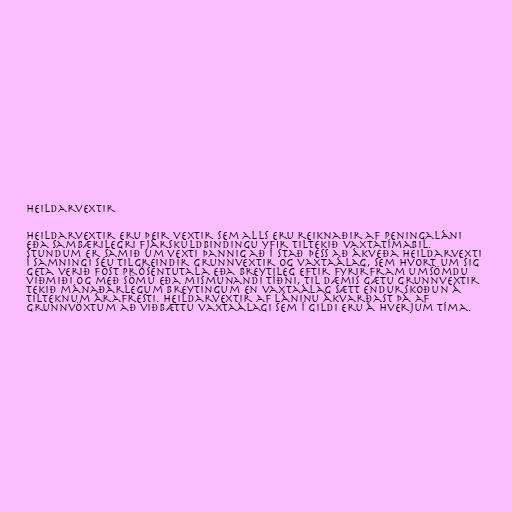
Heildarvextir

Heildarvextir eru þeir vextir sem alls eru reiknaðir af peningaláni
eða sambærilegri fjárskuldbindingu yfir tiltekið vaxtatímabil.
Stundum er samið um vexti þannig að í stað þess að ákveða heildarvexti
í samningi séu tilgreindir grunnvextir og vaxtaálag, sem hvort um sig
geta verið föst prósentutala eða breytileg eftir fyrirfram umsömdu
viðmiði og með sömu eða mismunandi tíðni, til dæmis gætu grunnvextir
tekið mánaðarlegum breytingum en vaxtaálag sætt endurskoðun á
tilteknum árafresti. Heildarvextir af láninu ákvarðast þá af
grunnvöxtum að viðbættu vaxtaálagi sem í gildi eru á hverjum tíma.